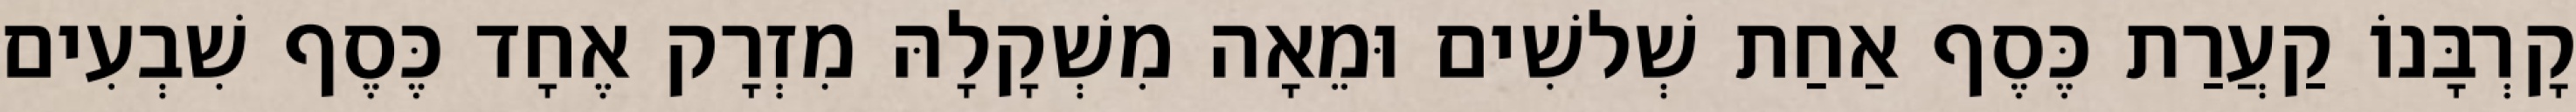
קָרְבָּנוֹ קַעֲרַת כֶּסֶף אַחַת שְׁלשִׁים וּמֵאָה מִשְׁקָלָהּ מִזְרָק אֶחָד כֶּסֶף שִׁבְעִים